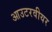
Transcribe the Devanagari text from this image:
आउटरवीयर